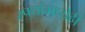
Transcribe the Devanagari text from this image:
स्पर्धांमध्येही